Annual report of the Bengal Veterinary College and of the Civil Veterinary Department, Bengal, for the year 1916-17 - 1916-1917
Year: 1916
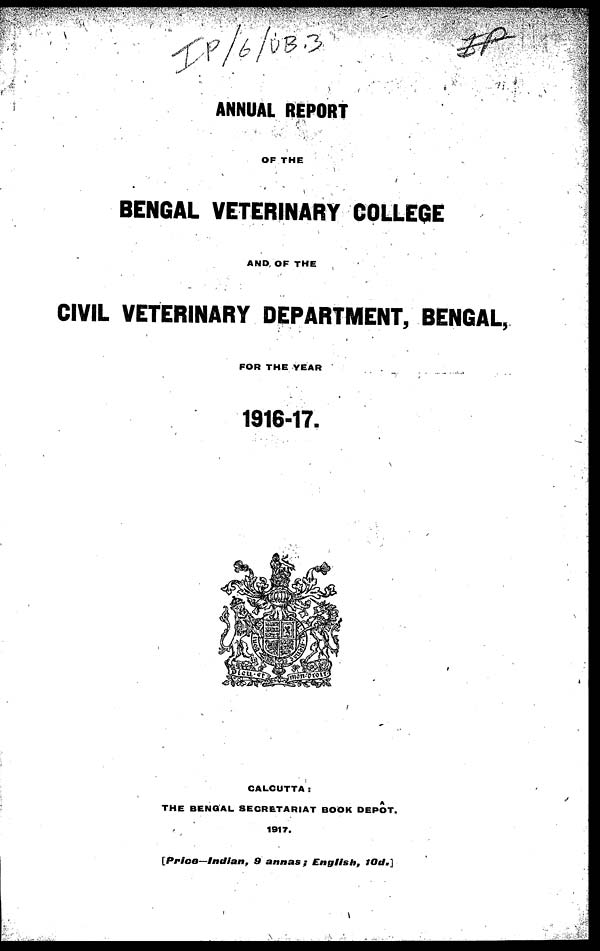
ANNUAL REPORT
OP THE
BENGAL VETERINARY COLLEGE
AND OF THE
CIVIL VETERINARY DEPARTMENT, BENGAL,
FOR THE YEAR
1916-17.
CALCUTTA:
THE BENGAL SECRETARIAT BOOK DEPOT.
1917.
[Price—Indian, 9 annas;
English,
10d.]